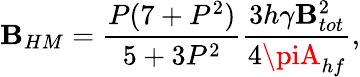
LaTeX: \mathbf{B}_{HM}=\frac{{P(7+P^{2})}}{{5+3P^{2}}}\frac{{3h\gamma\mathbf{B}_{tot}^{2}}}{{4\piA_{hf}}},